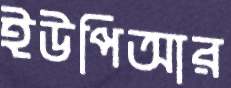
ইউপিআর